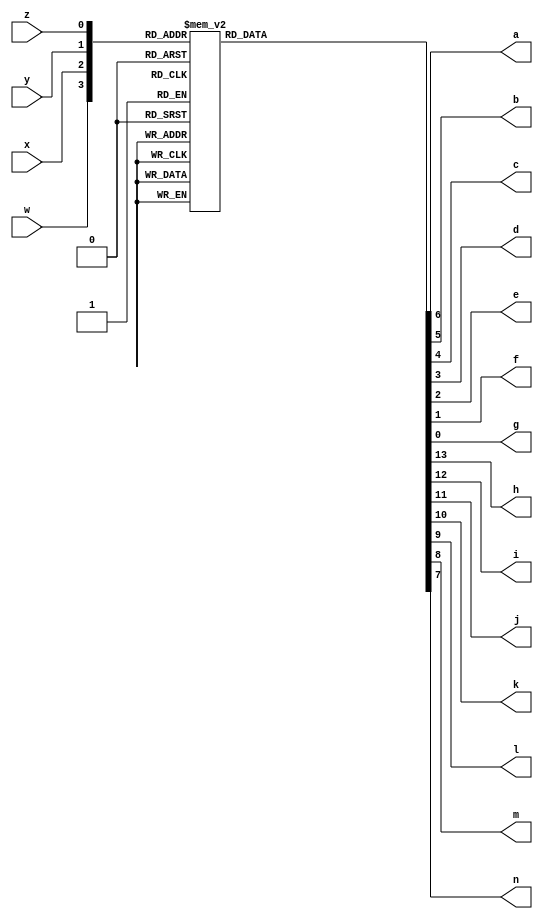
module BcdToTwoSeven (
  input w,x,y,z,
  output reg a,b,c,d,e,f,g,h,i,j,k,l,m,n);
  always @ (w,x,y,z) 
    case({w,x,y,z})
      4'b0000: begin {a,b,c,d,e,f,g} = 7'b0000001; {h,i,j,k,l,m,n} =   7'b1111111; end //0
		4'b0001: begin {a,b,c,d,e,f,g} = 7'b1001111; {h,i,j,k,l,m,n} =   7'b1111111; end//1
		4'b0010: begin {a,b,c,d,e,f,g} = 7'b0010010; {h,i,j,k,l,m,n} =   7'b1111111; end//2
		4'b0011: begin {a,b,c,d,e,f,g} = 7'b0000110; {h,i,j,k,l,m,n} =   7'b1111111; end//3
		4'b0100: begin {a,b,c,d,e,f,g} = 7'b1001100; {h,i,j,k,l,m,n} =   7'b1111111; end//4
		4'b0101: begin {a,b,c,d,e,f,g} = 7'b0100100; {h,i,j,k,l,m,n} =   7'b1111111; end//5
		4'b0110: begin {a,b,c,d,e,f,g} = 7'b0100000; {h,i,j,k,l,m,n} =   7'b1111111; end//6
		4'b0111: begin {a,b,c,d,e,f,g} = 7'b0001111; {h,i,j,k,l,m,n} =   7'b1111111; end//7
		4'b1000: begin {a,b,c,d,e,f,g} =  7'b0000000;  {h,i,j,k,l,m,n} =  7'b1111111;end//8
		4'b1001: begin {a,b,c,d,e,f,g} =  7'b0001100;  {h,i,j,k,l,m,n} =  7'b0100000;end //9
		4'b1010: begin {a,b,c,d,e,f,g} =  7'b0000001;  {h,i,j,k,l,m,n} =  7'b0100000;end//A/10
		4'b1011: begin {a,b,c,d,e,f,g} =  7'b1001111;  {h,i,j,k,l,m,n} =  7'b1001111;end//b/11
		4'b1100: begin {a,b,c,d,e,f,g} =  7'b0010010;  {h,i,j,k,l,m,n} =  7'b1001111;end//C/12
		4'b1101: begin {a,b,c,d,e,f,g} =  7'b0000110;  {h,i,j,k,l,m,n} =  7'b1001111;end//d/13
		4'b1110: begin {a,b,c,d,e,f,g} =  7'b1001100;  {h,i,j,k,l,m,n} =  7'b1001111;end//E/14
		4'b1111: begin {a,b,c,d,e,f,g} =  7'b0100100;  {h,i,j,k,l,m,n} =  7'b1001111;end//F/15
		endcase
		endmodule